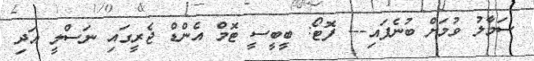
ސަމާލު ވުމަށް ބުނެފައި--- ފޮޓޯ: ބީބީސީ ޓޮމް އެންޑް ޖެރީގައި ނަސްލީ އަދި